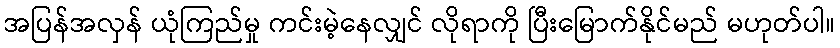
အပြန်အလှန် ယုံကြည်မှု ကင်းမဲ့နေလျှင် လိုရာကို ပြီးမြောက်နိုင်မည် မဟုတ်ပါ။